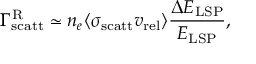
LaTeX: \Gamma _ { \mathrm { s c a t t } } ^ { \mathrm { R } } \simeq n _ { e } \langle \sigma _ { \mathrm { s c a t t } } v _ { \mathrm { r e l } } \rangle \frac { \Delta E _ { \mathrm { L S P } } } { E _ { \mathrm { L S P } } } ,